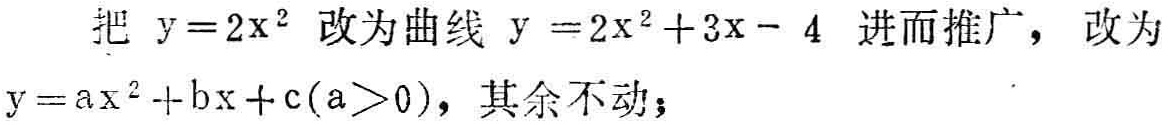
把 \(y = 2x^{2}\) 改为曲线 \(y = 2x^{2}+3x - 4\) 进而推广，改为 \(y = ax^{2}+bx + c(a>0)\)，其余不动；